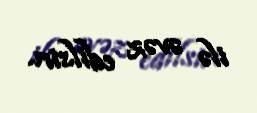
ilə əvəz edilsin.